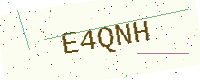
Text: E4QNH